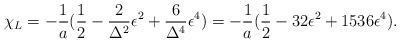
LaTeX: \begin{align*}\chi_{L}=-\frac{1}{a}(\frac{1}{2}-\frac{2}{\Delta^{2}}\epsilon^{2}+\frac{6}{\Delta^{4}}\epsilon^{4})=-\frac{1}{a}(\frac{1}{2}-32\epsilon^{2}+1536\epsilon^{4}).\end{align*}